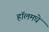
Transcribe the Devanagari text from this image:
हॉलमधे